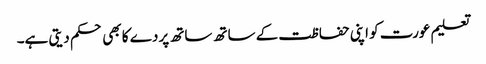
تعلیم عورت کو اپنی حفاظت کے ساتھ ساتھ پردے کا بھی حکم دیتی ہے۔